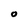
Character: o